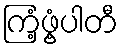
ကြံ့ဖွံ့ပါတီ